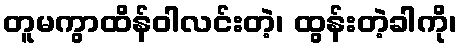
တူမကွာထိန်ဝါလင်းတဲ့၊ ထွန်းတဲ့ခါကို၊